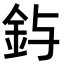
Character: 𮡤